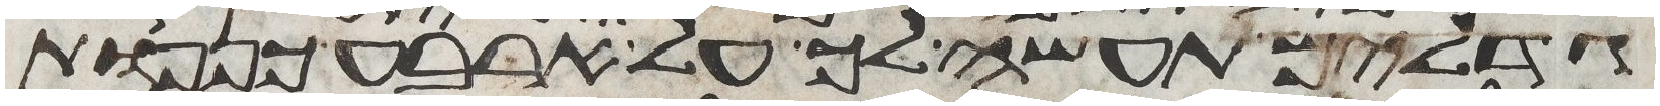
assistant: גדלים תעשה לך על ארבע כנפות